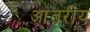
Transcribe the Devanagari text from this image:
आंतरीय